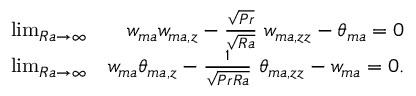
\begin{array} { r l r } & { \operatorname* { l i m } _ { R a \to \infty } } & { w _ { m a } w _ { m a , z } - \frac { \sqrt { P r } } { \sqrt { R a } } \ w _ { m a , z z } - \theta _ { m a } = 0 } \\ & { \operatorname* { l i m } _ { R a \to \infty } } & { w _ { m a } \theta _ { m a , z } - \frac { 1 } { \sqrt { P r R a } } \ \theta _ { m a , z z } - w _ { m a } = 0 . } \end{array}